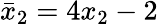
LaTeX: \bar{x}_{2}=4x_{2}-2